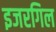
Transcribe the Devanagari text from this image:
इजरगिल